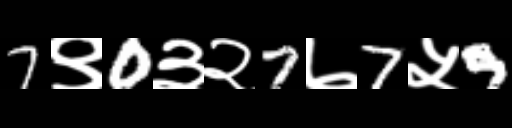
Text: 7९0३२7७7५9